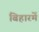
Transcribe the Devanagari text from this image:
बिहारमें